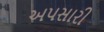
અપસારી